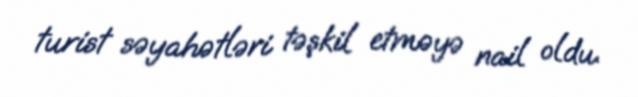
turist səyahətləri təşkil etməyə nail oldu.